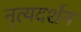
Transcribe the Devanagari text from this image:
नृत्यदर्शन